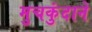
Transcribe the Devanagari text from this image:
मुचकुंदाने